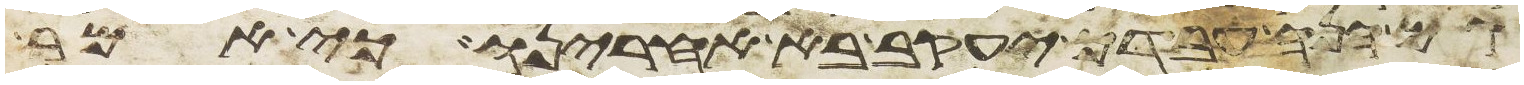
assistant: גם הנה עבדך יעקב בא אחרינו כי אמר